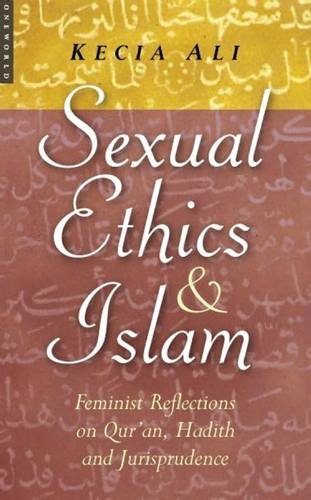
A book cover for Sexual Ethics And Islam: Feminist Reflections on Qur'an, Hadith, and Jurisprudence; Kecia Ali; Religion & Spirituality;